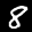
Label: 8